Tartu_linnavalitsus, lk 121
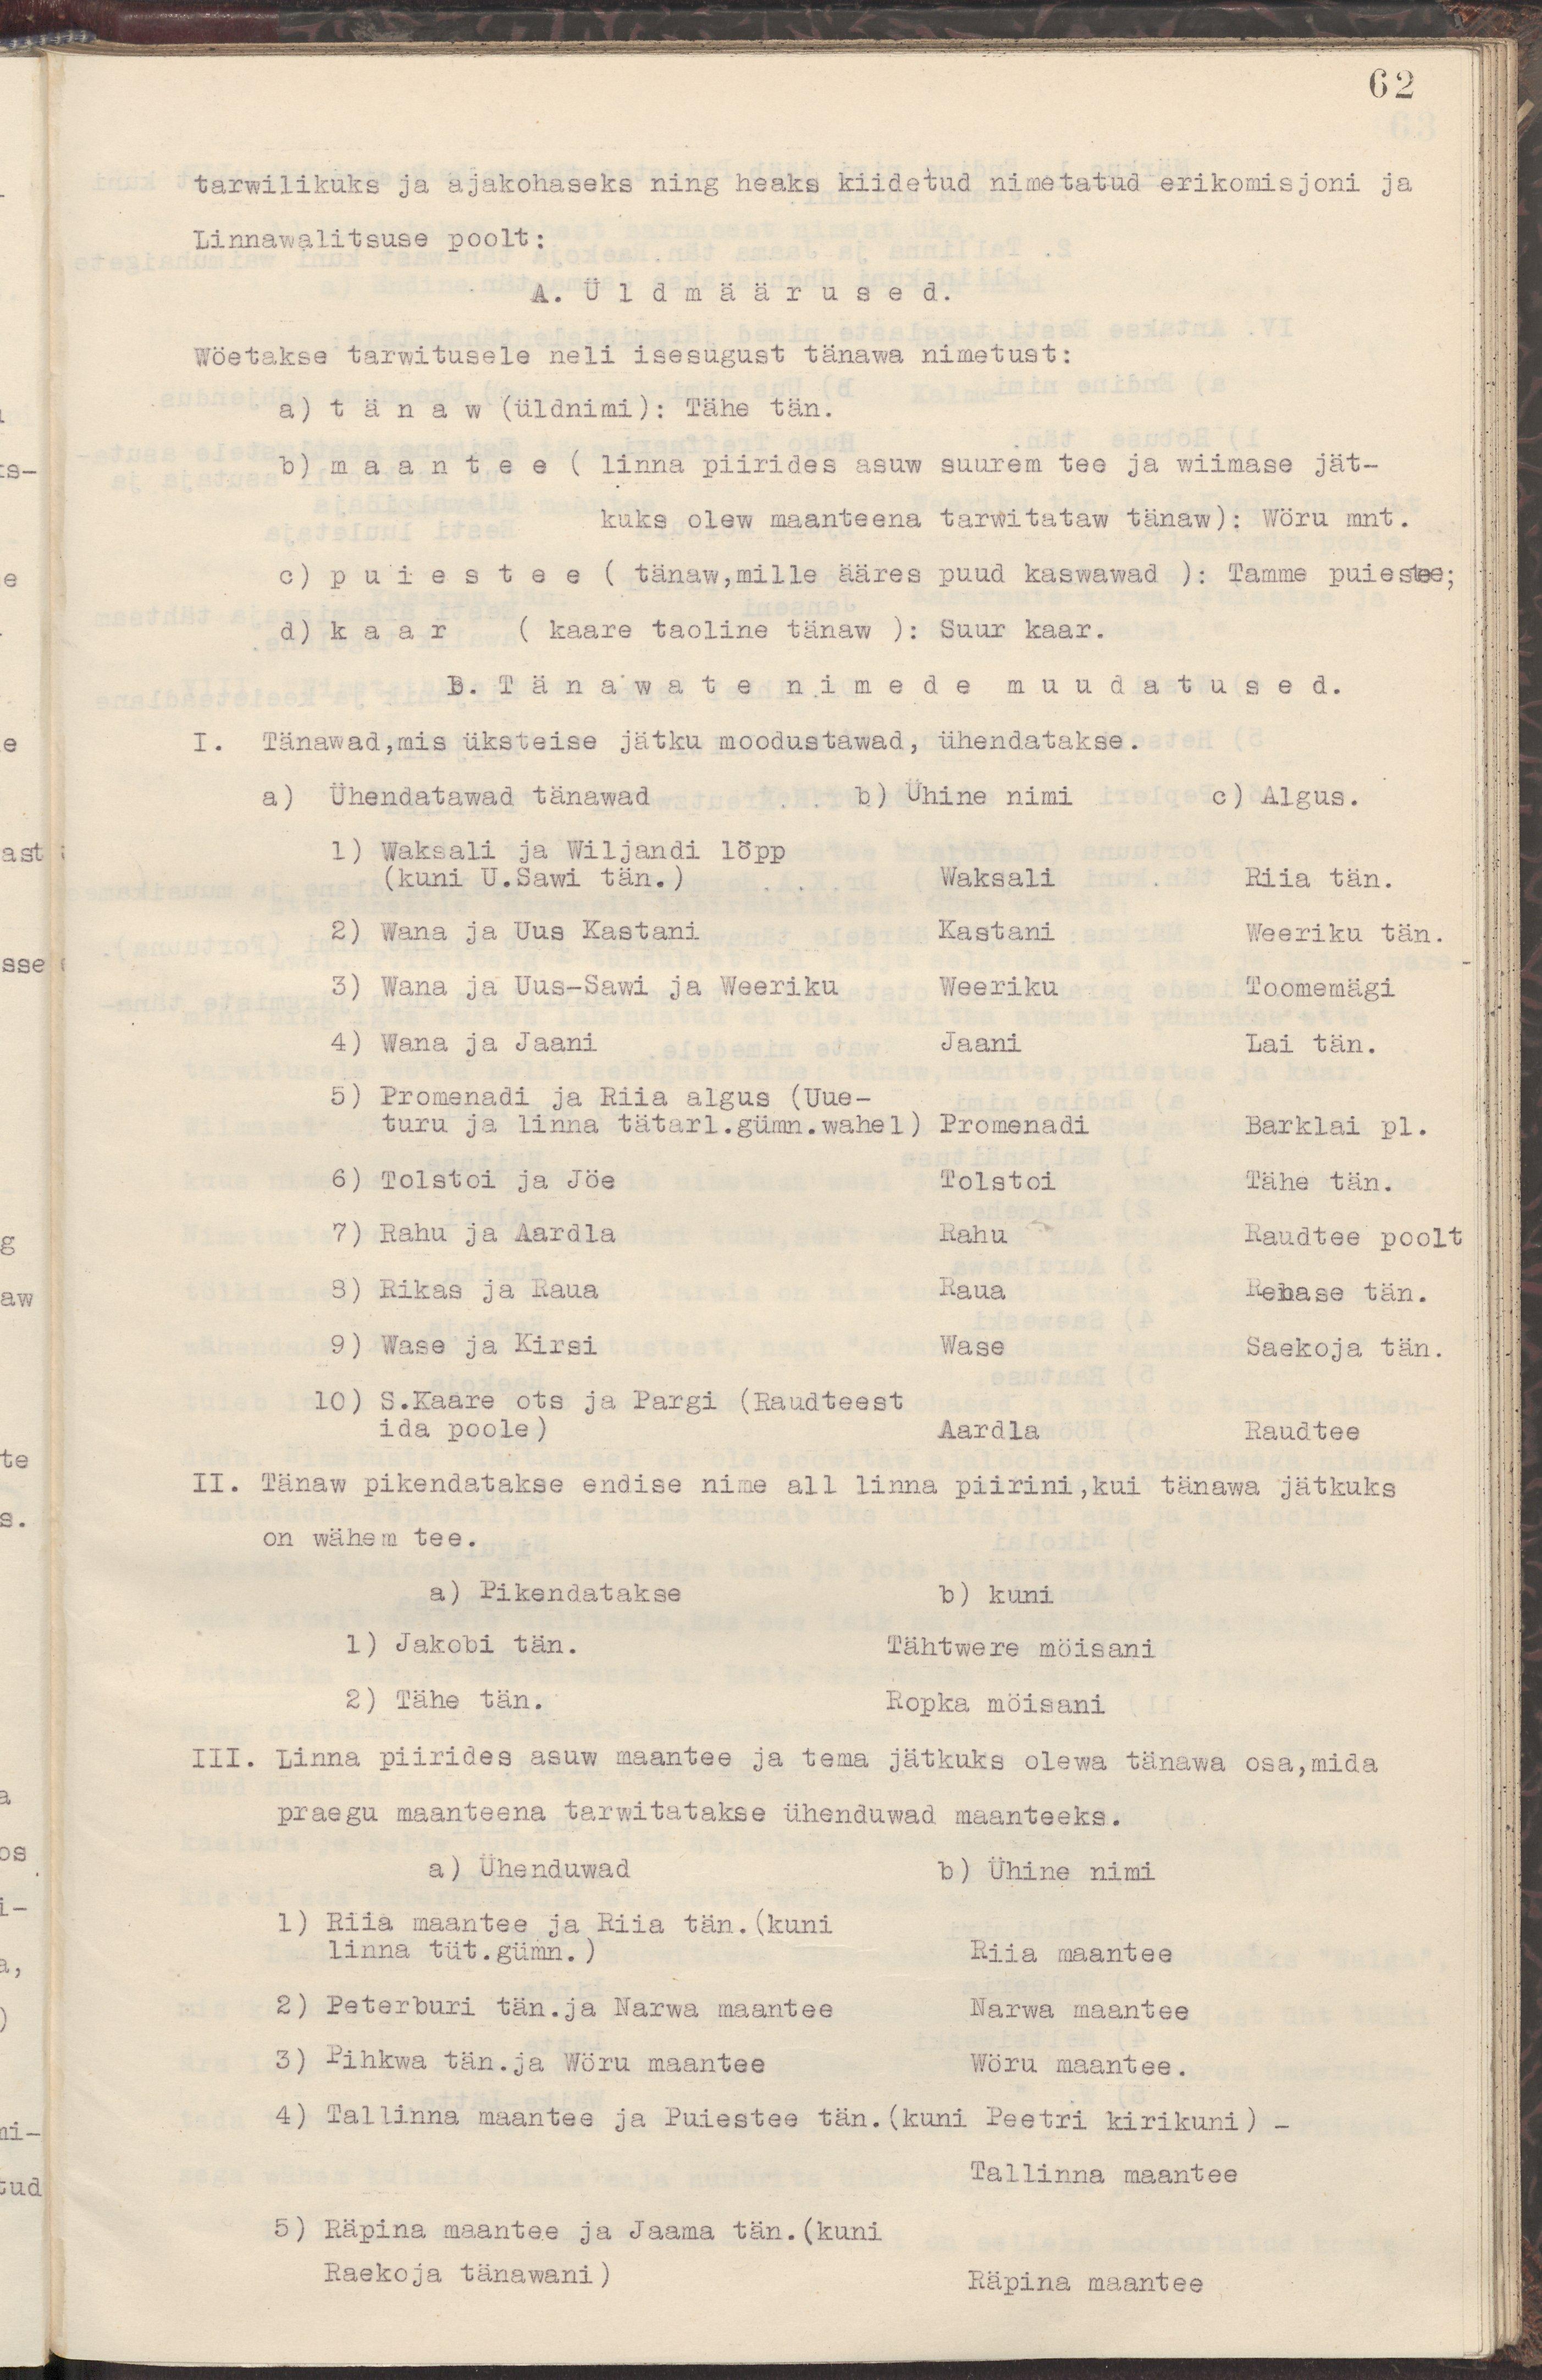
62
tarwilikuks ja asjakohaseks ning heaks kiidetud nimetatud erikomisjoni ja
Linnawalitsuse poolt:
A. Üldmäärused.
Wöetakse tarwitusele neli isesugust tänawa nimetust:
a) tänav (üldnimi): Tähe tän.
b) maantee ( linna piirides asuw suurem tee ja wiimase jät-
kuks olew maanteena tarwitataw tänaw): Wõru mnt.
c) puiestee ( tänav,mille ääres puud kaswawad ): Tamme puiestee;
d) kaar ( kaare taoline tänaw ): Suur kaar.
B. Tänawate nimede muudatused.
I. Tänawad,mis üksteise jätku moodustawad, ühendatakse.
a) Ühendatawad tänawad b) Ühine nimi c) Algus.
1) Waksali ja Wiljandi lõpp
( kuni U.Sawi tän.)  Waksali  Riia tän.
2) Wana ja Uus Kastani  Kastani  Weeriku tän.
3) Wana ja Uus-Sawi ja Weeriku  Weeriku  Toomemägi
4) Wana ja Jaani  Jaani  Lai tän.
5) Promenadi ja Riia algus (Uue-
turu ja linna tätarl.gümn.wahel) Promenadi  Barklai pl.
6) Tolstoi ja Jöe  Tolstoi  Tähe tän.
7) Rahu ja Aardla  Rahu  Raudtee poolt
8) Rikas ja Raua  Raua  Rehase tän.
9) Wase ja Kirsi  Wase  Saekoja tän.
10) S.Kaare ots ja Pargi (Raudteest
ida poole)  Aardla  Raudtee
II. Tänaw pikendatakse endise nime all linna piirini ,kui tänawa jätkuks
on wähem tee.
a) Pikendatakse  b) kuni
1) Jakobi tän.  Tähtwere möisani
2) Tähe tän.  Ropka möisani
III. Linna piirides asuw maantee ja tema jätkuks olewa tänawa osa,mida
praegu maanteena tarwitatakse ühenduwad maanteeks.
a) Ühenduwad  b) Ühine nimi
1) Riia maantee ja Riia tän. (kuni
linna tüt.gümn.)  Riia maantee
2) Peterburi tän.ja Narwa maantee  Narwa maantee
3) Pihkwa tän.ja Wöru maantee  Wöru maantee.
4) Tallinna maantee ja Puiestee tän.(kuni Peetri kirikuni) -
Tallinna maantee
5) Räpina maantee ja Jaama tän.(kuni
Raekoja tänawani)  Räpina maantee